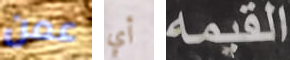
عمن أي القيمه